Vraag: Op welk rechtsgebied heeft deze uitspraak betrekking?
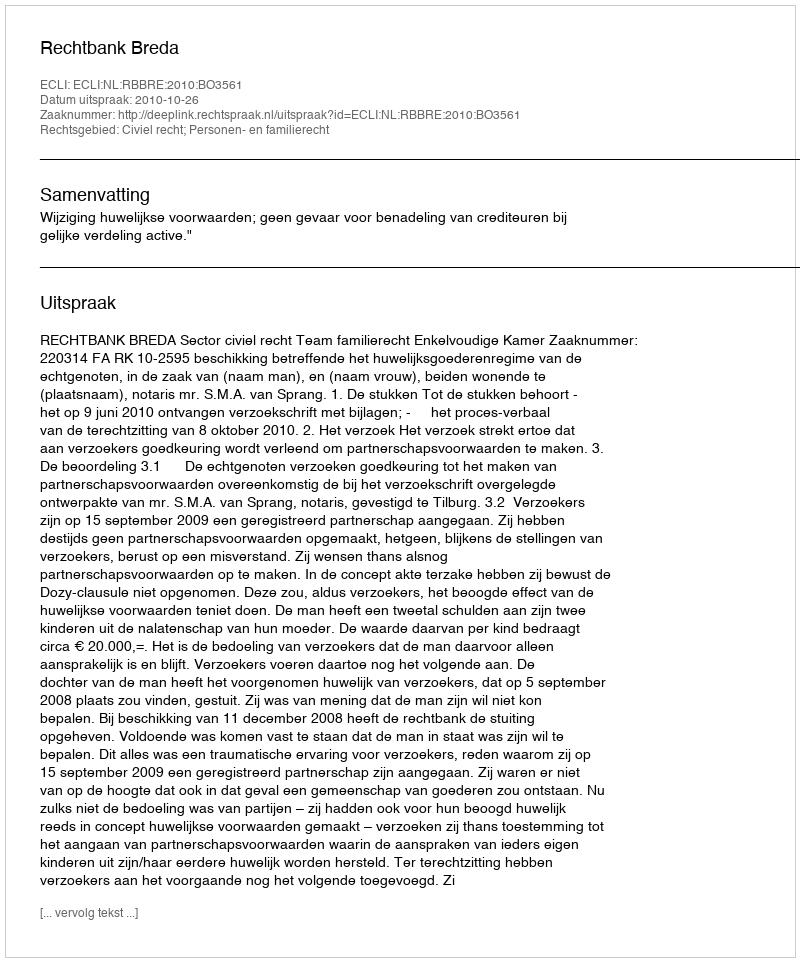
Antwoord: Civiel recht; Personen- en familierecht